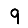
Digit: 9